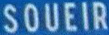
SOUEIR